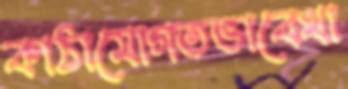
কাঠামোগতভাবেখা